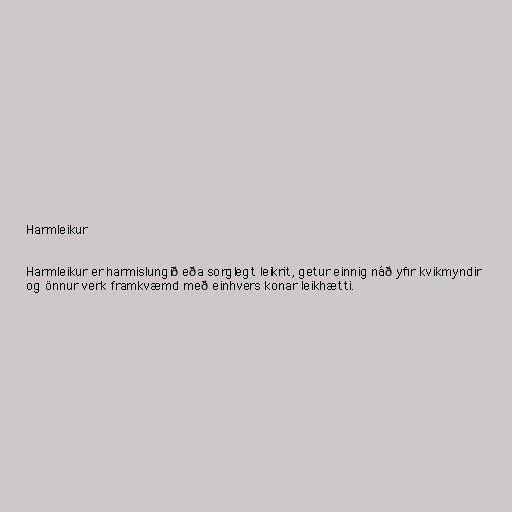
Harmleikur

Harmleikur er harmislungið eða sorglegt leikrit, getur einnig náð yfir kvikmyndir
og önnur verk framkvæmd með einhvers konar leikhætti.